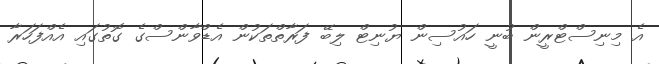
އެ މިނިސްޓްރީން ބުނީ ހައުސިން ޔުނިޓް ލިބޭ ފަރާތްތަކުން އެޑްވާންސްގެ ގޮތުގައި އެއްފަހަރާ